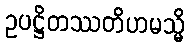
ဥပဋ္ဌိတဿတိဟမသ္မိ